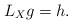
LaTeX: \begin{align*}L_X g =h. \end{align*}